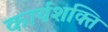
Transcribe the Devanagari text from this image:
कार्यशक्‍ति